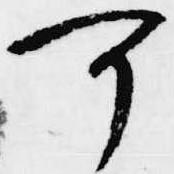
可